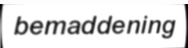
bemaddening